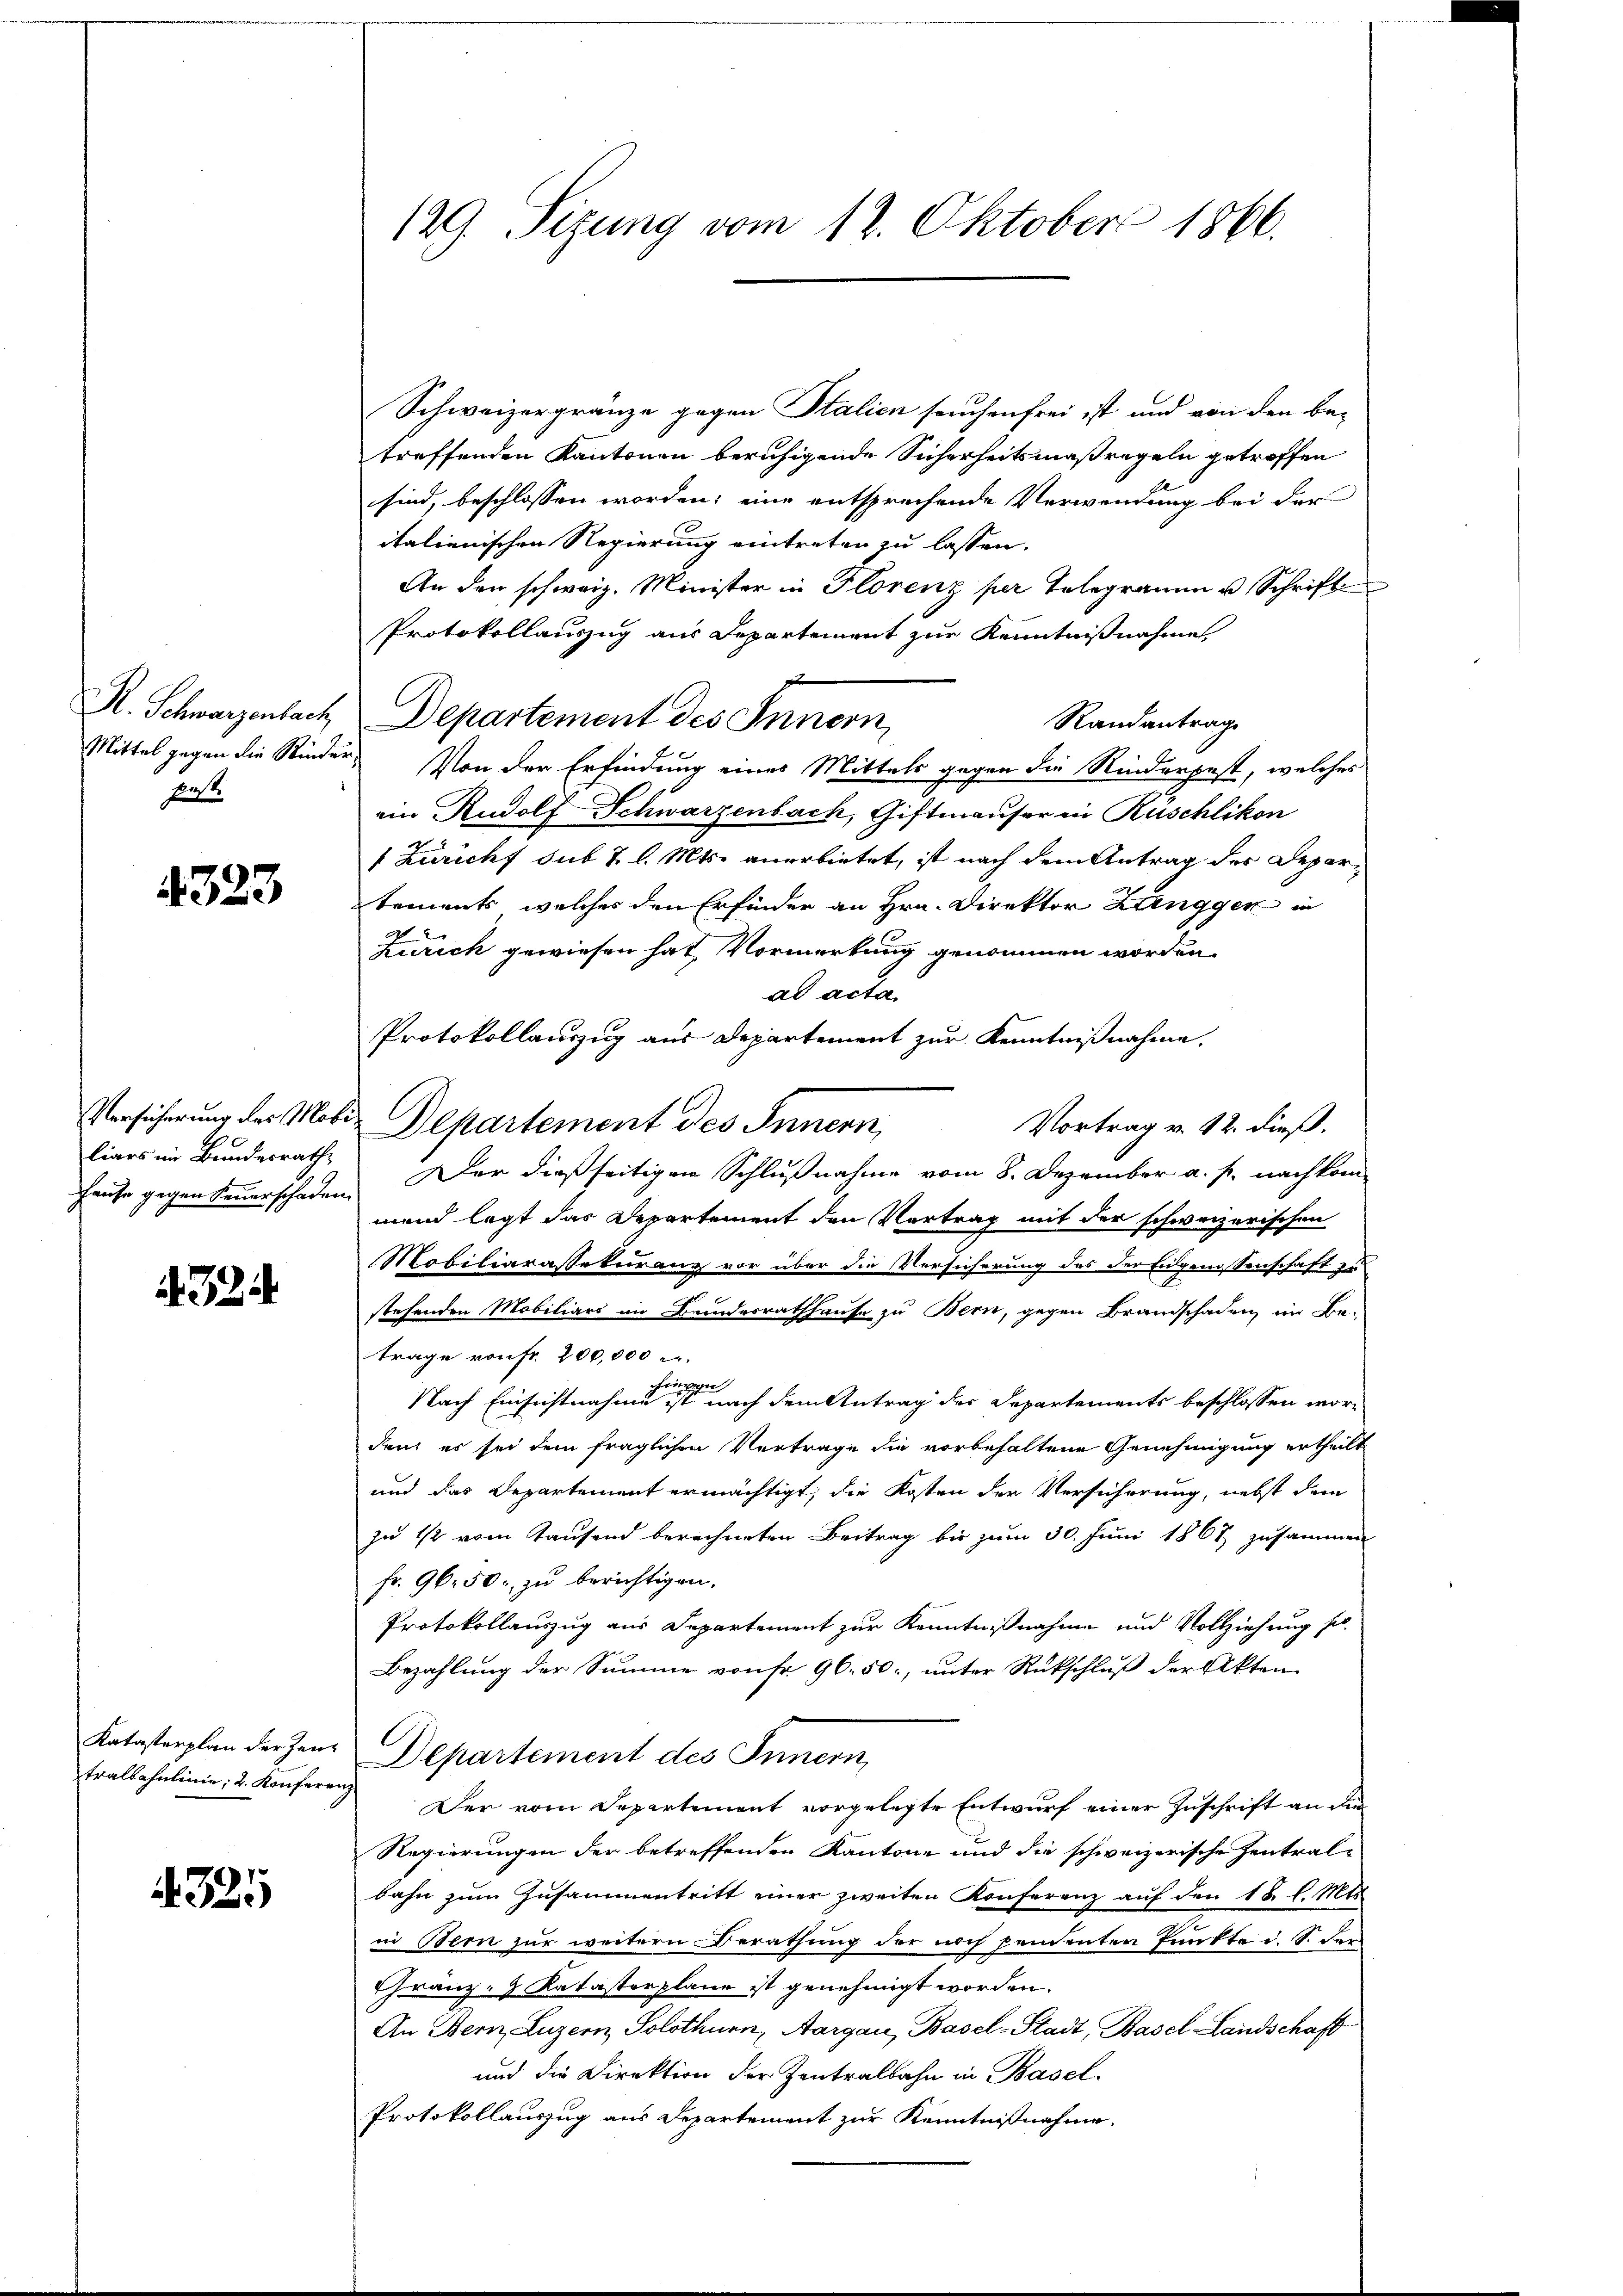
R. Schwarzenbach
Fenst.

4323

Hause gegen Feuerschaden,

A 324

Katasterplan der Zeutralbahnlinie; 2. Konfer

325

129. Sizung vom 12. Oktober 1866.

Schweizergränze gegen Italien seuchenfrei ist und von den be-
treffenden Kantonen beruhigende Sicherheitsmaßregeln getroffen
sind, beschlossen worden; eine entsprechende Verwendung bei der
italienischen Regierung eintreten zu lassen.
An den schweiz. Minister in Florenz per Telegramm u. Schrift
Protokollauszug aus Departement zur Kenntnißnahme
x
Departement des Innern,
Randantrage
Mittel gegen die Kinder. Von der Erfindung eines Mittels gegen die Rinderpest, welches
ein Rudolf Schwarzenbach, Giftmäuser in Küschlikon
1 Züricht sub 7 l. Mts. anerbietet, ist nach dem Antrag des Departements, welches den Erfinder an Hrn. Direktor Langgen in
Zürich gewiesen hat, Vormerkung genommen worden.
ad acta.
Protokollauszug aus Departement zur Kenntnißnahme,
Versicherung des Mobile Departement des Innern,
Vortrag v. 12. dieß.
liars im Bundesrath, Der dießseitigen Schlußnahme vom 8. Dezember a. p. nachkom-
mend legt das Departement den Vertrag mit der schweizerischen
Mobiliarassekuranz vor über die Versicherung des der Eidgenossenschaft zu
stehenden Mobiliars im Bundesrathhause zu Bern, gegen Brandschaden, im Betrage von fr. 200,000 M.
Nach Einsichtnahmen ist nach dem Antrag des Departements beschlossen worden, es sei dem fraglichen Vertrage die vorbehaltene Genehmigung ertheilt
und das Departement ermächtigt, die Kosten der Versicherung, nebst dem
zu 1/2 vom Tausend berechneten Beitrag bis zum 30. Juni 1867 zusammen
fr. 96. 50. zu berichtigen.
Protokollauszug aus Departement zur Kenntnißnahme und Vollziehung so
Bezahlung der Summe von Fr. 96. 50, unter Rückschluß der Akten
Departement des Innern,
.
Der vom Departement vorgelegte Entwurf einer Zuschrift an die
Regierungen der betreffenden Kantone und die schweizerische Zentral-
bahn zum Zusammentritt einer zweiten Konferenz auf den 18. l. Mts
in Bern zur weitern Berathung der noch pendenten Punkte d. S. der
Franz- & Katasterplane ist genehmigt worden.
An Bern, Luzern, Solothurn, Aargau, Basel-Stadt, Basel-Landschaft
und die Direktion der Zentralbahn in Basel.
Protokollauszug aus Departement zur Kenntnißnahme.